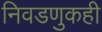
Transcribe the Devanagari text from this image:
निवडणुकही